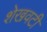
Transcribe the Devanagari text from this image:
शेखवटी